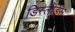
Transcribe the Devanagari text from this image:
डिस्लैंड्रिस